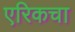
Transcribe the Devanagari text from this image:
एरिकचा